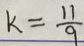
k = \frac { 1 1 } { 9 }